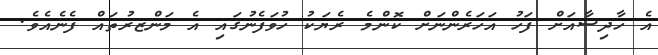
އެ ހާދިސާއަށް ފަހު އަހަރެންނަށް ކޮންމެ ރެޔަކު ހުވަފެނުގައި އެ މަންޒރުތައް ފެނެއެވެ.